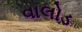
વાલોડ